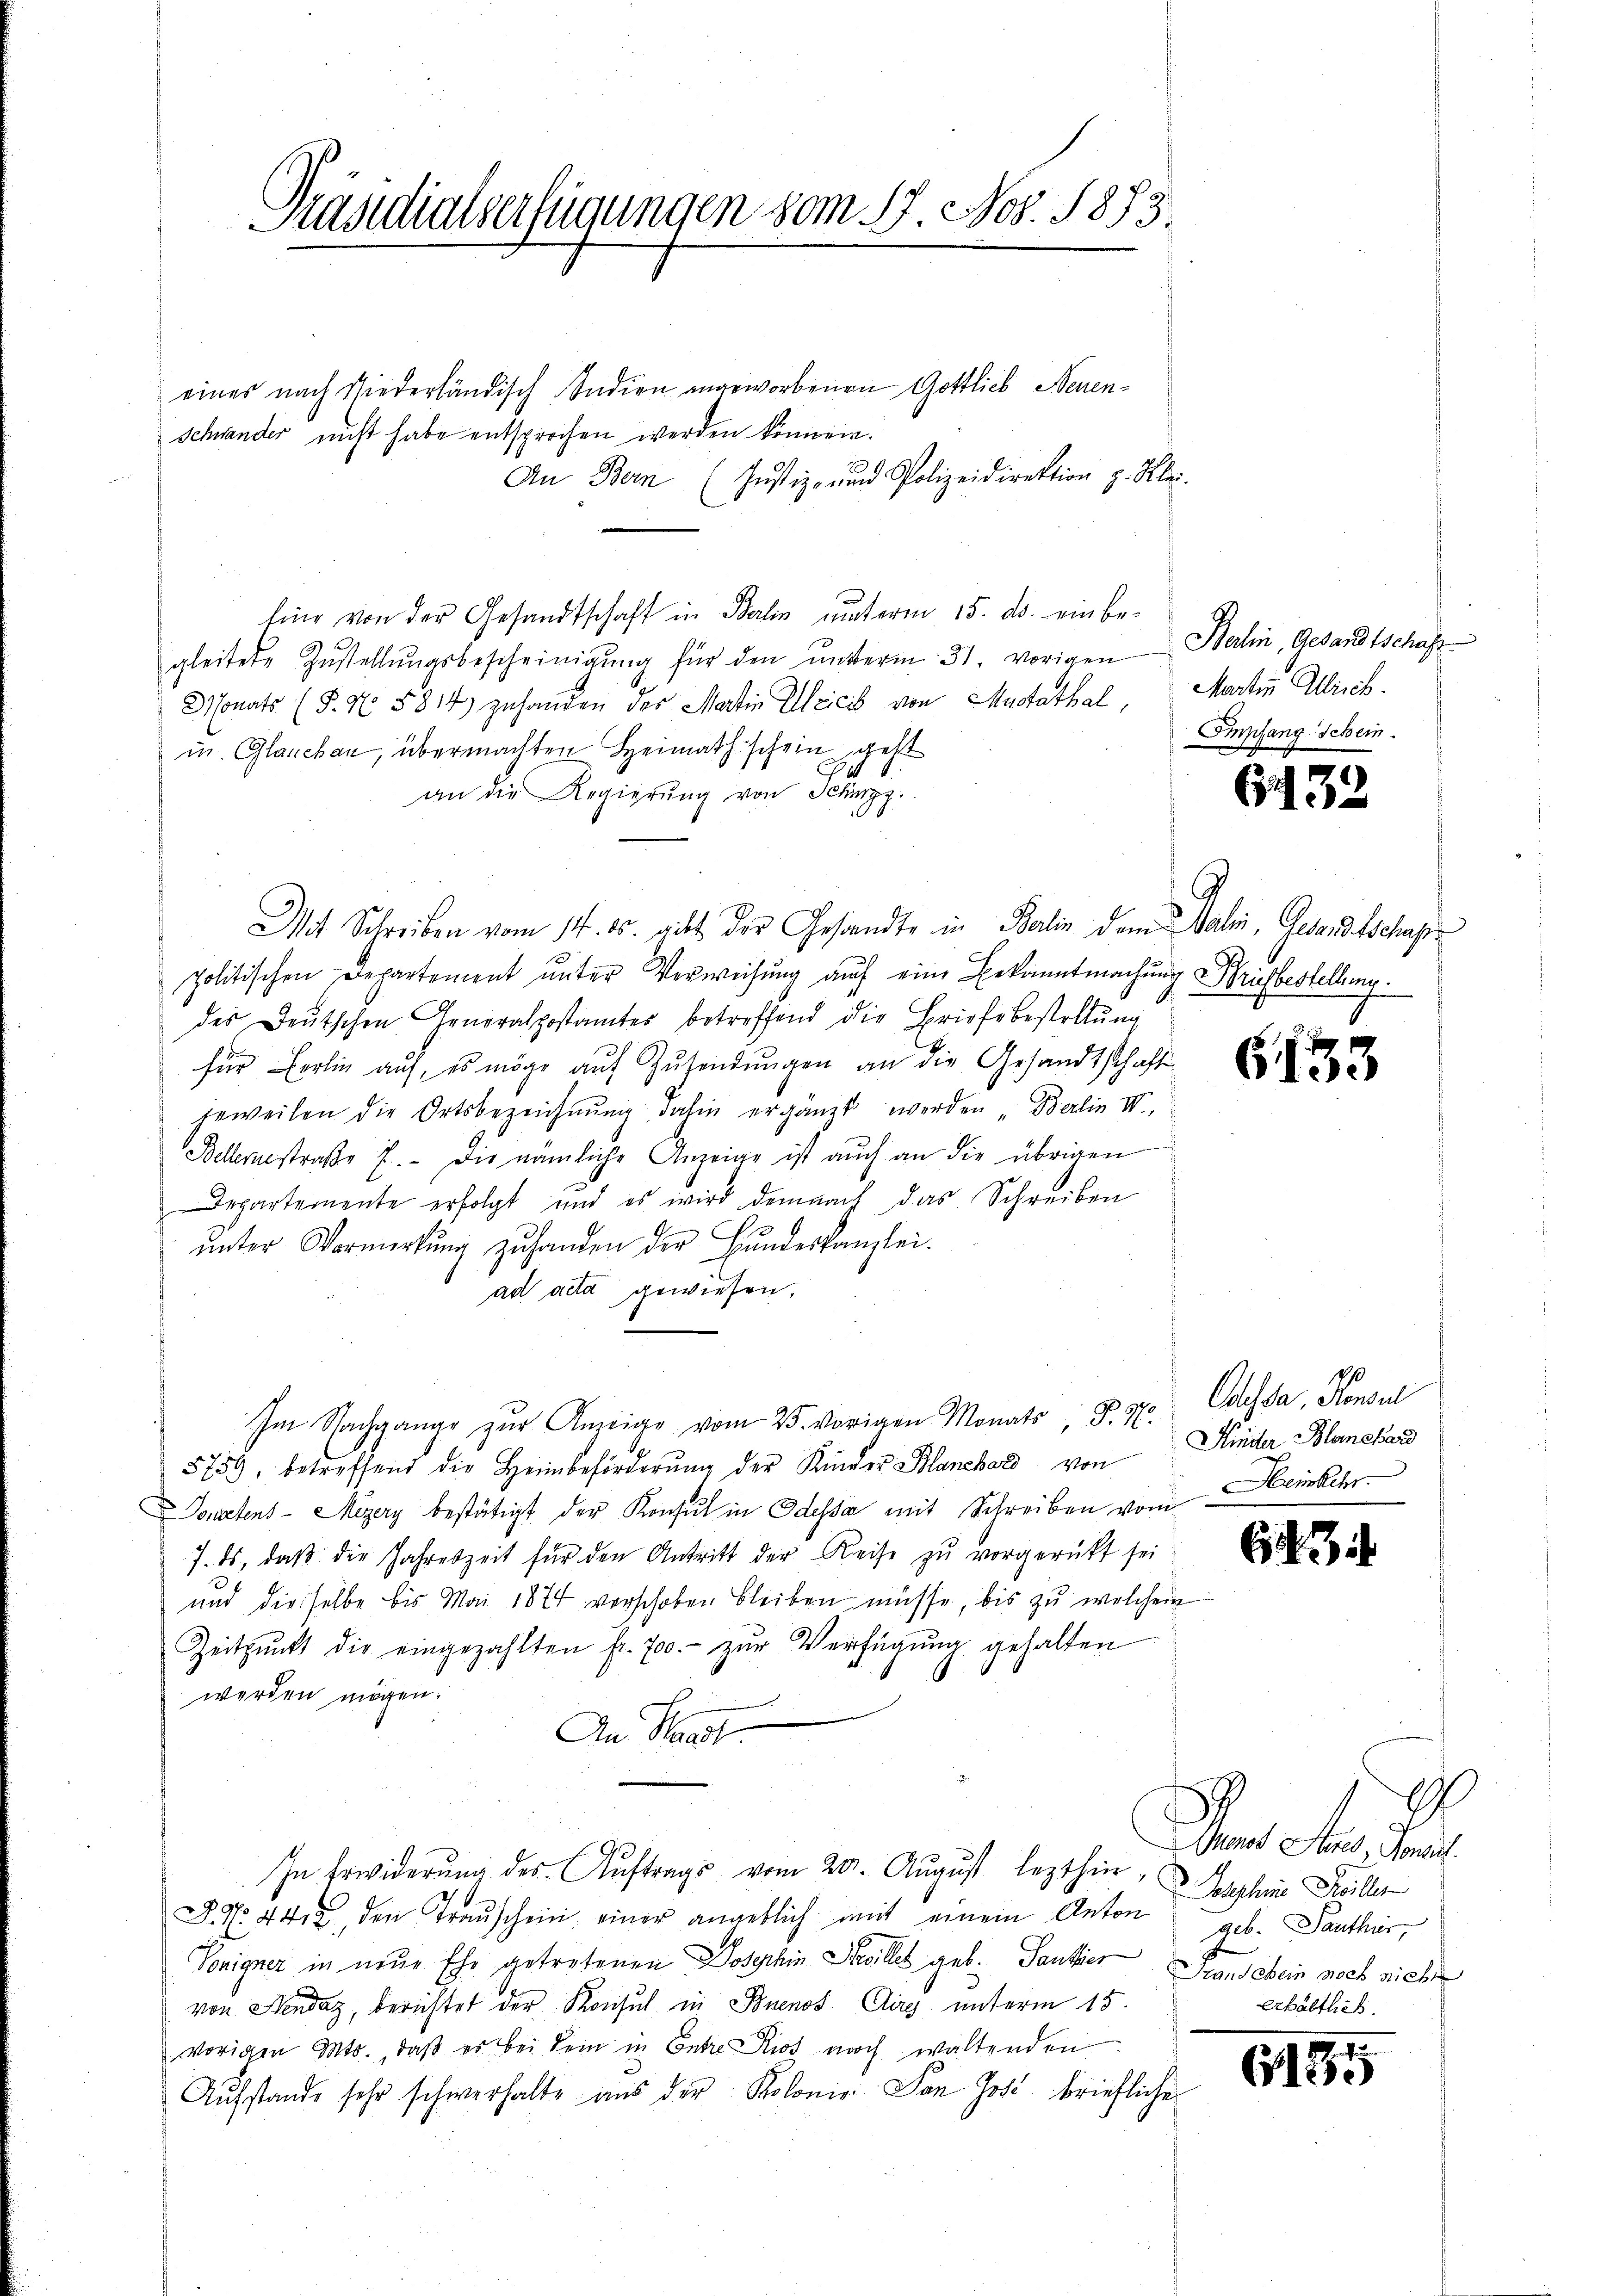
Präsidialserfügungen vom 17. Nov. 1873.

eines nach Niederländisch Indien angeworbenen Gottlieb Neuen¬
Schwander nicht habe entsprochen werden können.
An Bern (Justiz- und Polizeidirektion v. Klei-
Eine von der Gesandtschaft in Berlin unterm 15. ds. ein be-
gleitete Zŭstellŭngsbescheinigŭng für den ŭnterm 31. vorigen Berlin, Gesandtschaft
Monats (§. N. 5814) zuhanden der Mattin Ulricis von Mustathal
un. Glauban, übermachten Heimathschein geht
an die Regierŭng von Schupp
Mit Schreiben vom 14. ds. gibt der Gesandte in Berlin dem alien, Gesandtschuppolitischen Departement unter Verweisung auf eine Bekanntmachung Briefbestellung
des Deutschen Generalpostamtes betreffend die Briefe bestellung
für Erlin auf, es möge aŭf Zŭsendŭngen an die Gesandtschaft
jeweilen die Ortsbezeichnŭng dahin ergänzt werden „Berlin IV.,
Wellernestraße 7. die nämliche Anzeige ist auch an die übrigen
Departemente erfolgt und es wird demnach das Schreiben
ŭnter Vormerkŭng zŭ handen der Hundeskanzlei.
ad acta gewiesen.
Im Nachgange zŭr Anzeige vom 25. vorigen Monats, S. 57. Odessa, Konsul
5759, betreffend die Heimbeförderŭng der Kinder Blanchord von
Donatens - Mizery bestätigt der Konsul in Odessa mit Schreiben vom Heimkehr
7. ds., daβ die Jahreszeit für den Antritt der Reise zŭ vorgerückt sei
und dieselbe bis Mai 1874 verschoben bleiben müsse, bis zu welchem
Zeitpunkt die eingezahlten fr. 700.- zŭr Verfügŭng gehalten
werden mögen.
An Waadt.
In Erwiderŭng des Aŭftrags vom 20. August lezthier,
 No 442, den Trauschein einer angeblich mit einem Anton geb. Panthier,
Vonigner in neue Ehe getretenen Josephin Stilles geb. Tantier Standebein noch nicht
von Hondaz, berichtet der Konsul in Buenos Airy unterm 15.
vorigen Mts., daß es bei dein in Entre Riss noch waltenden
Aŭfstande sehr schwerhalte aŭs der Kolonie. Dan Jost briefliche

Martin Gerich.
Empfangschein.

6432

G133

Kinder Blanchard

63.

A
Monot Steres, Konsul
Josephine Füller
erhältlich.

a
Elise